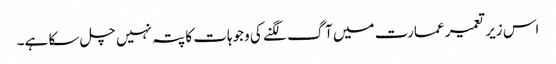
اس زیر تعمیر عمارت میں آگ لگنے کی وجوہات کا پتہ نہیں چل سکا ہے۔